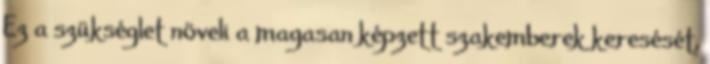
Ez a szükséglet növeli a magasan képzett szakemberek keresését,